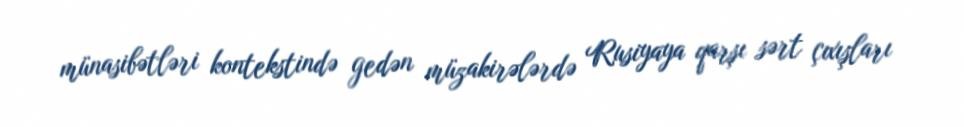
münasibətləri kontekstində gedən müzakirələrdə Rusiyaya qarşı sərt çıxışları